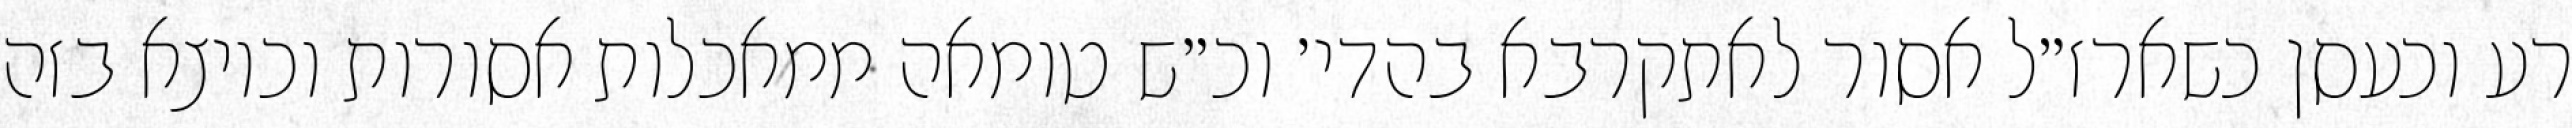
רע וכעסן כשארז״ל אסור לאתקרבא בהדי׳ וכ״ש טומאה ממאכלות אסורות וכיוצא בזה